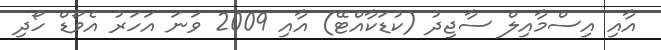
އާއި އިސްމާއިލް ސާޖިދު (ކުޑަކާއްޓޭ) އާއި 2009 ވަނަ އަހަރު އެވޯޑް ހޯދި